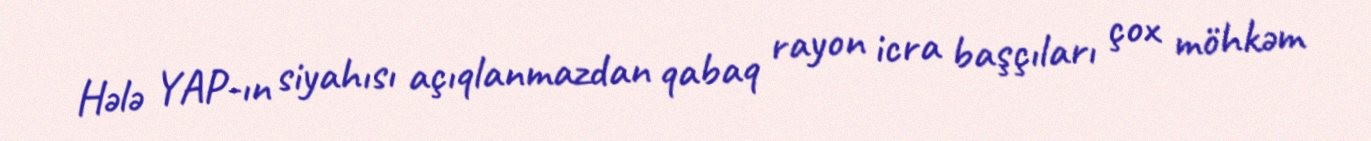
Hələ YAP-ın siyahısı açıqlanmazdan qabaq rayon icra başçıları çox möhkəm